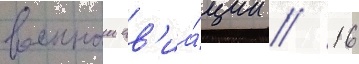
военнои ав'иа́ции // 16